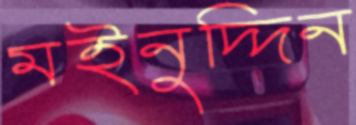
মইনুদ্দিন